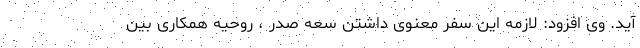
آید. وی افزود: لازمه این سفر معنوی داشتن سعه صدر ، روحیه همکاری بین